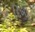
દિખા